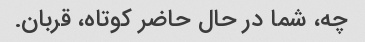
چه، شما در حال حاضر کوتاه، قربان.